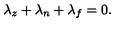
\lambda _ { z } + \lambda _ { n } + \lambda _ { f } = 0 .